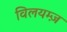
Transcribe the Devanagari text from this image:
विलयम्ज़